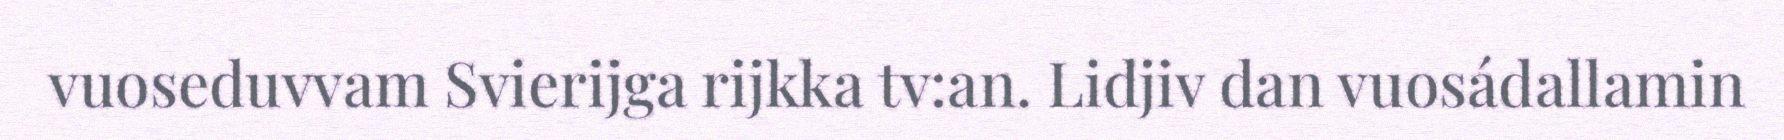
vuoseduvvam Svierijga rijkka tv:an. Lidjiv dan vuosádallamin